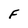
Character: F